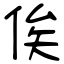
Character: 俟